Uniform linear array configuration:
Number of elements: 16
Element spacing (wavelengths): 0.25
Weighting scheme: hamming
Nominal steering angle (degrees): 60
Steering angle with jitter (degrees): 59.553
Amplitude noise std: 0.05
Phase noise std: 0.05

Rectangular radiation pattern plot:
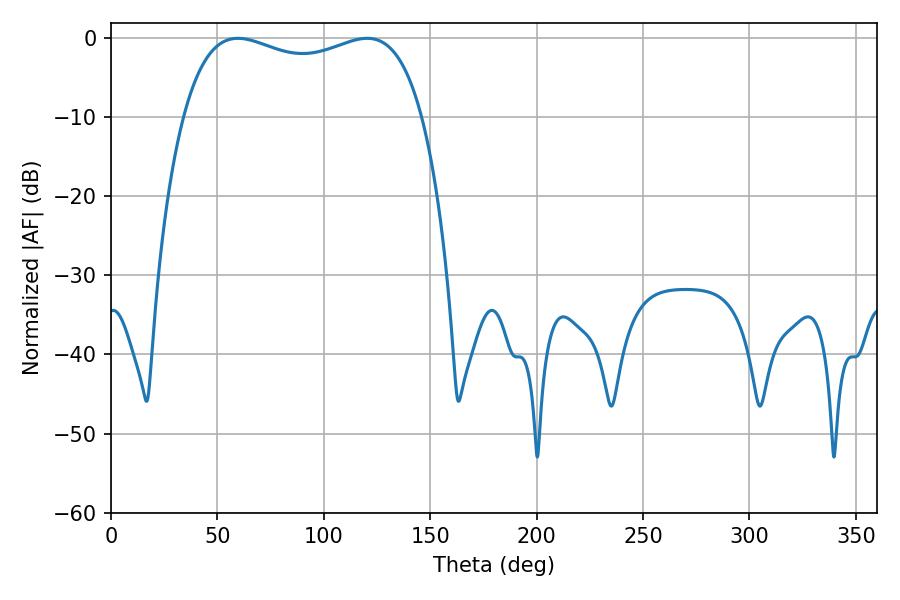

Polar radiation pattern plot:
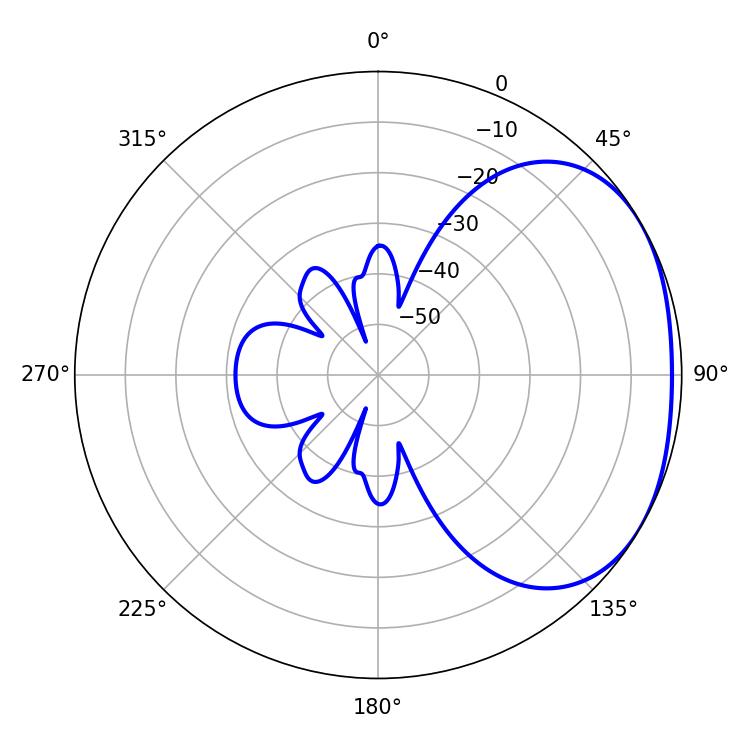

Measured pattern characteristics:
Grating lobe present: FALSE
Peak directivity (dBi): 2.104
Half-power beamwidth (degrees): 92.16
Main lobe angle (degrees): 59.58